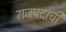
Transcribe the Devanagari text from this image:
राजपदाची